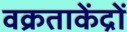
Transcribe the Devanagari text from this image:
वक्रताकेंद्रों